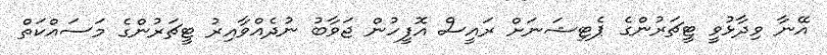
އޭނާ ވިދާޅުވީ ޓީޗަރުންގެ ޕެޓިޝަނަށް ރައީސް އޮފީހުން ޖަވާބު ނުދެއްވާއިރު ޓީޗަރުންގެ މަސައްކަތް